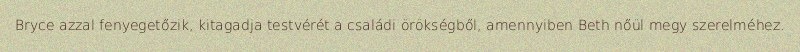
Bryce azzal fenyegetőzik, kitagadja testvérét a családi örökségből, amennyiben Beth nőül megy szerelméhez.